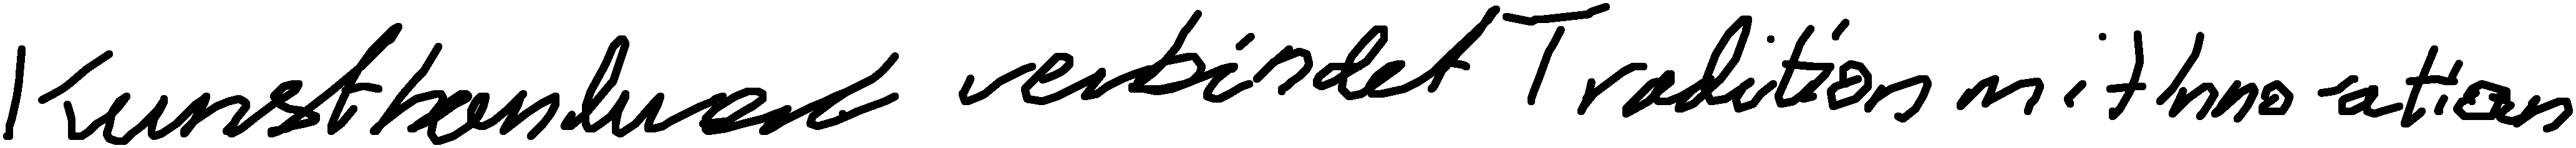
Kunsthandwerk verbindet Tradition mit Innovation.